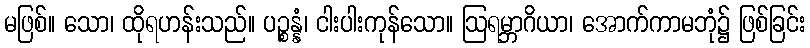
မဖြစ်။ သော၊ ထိုရဟန်းသည်။ ပဉ္စန္နံ၊ ငါးပါးကုန်သော။ ဩရမ္ဘာဂိယာ၊ အောက်ကာမဘုံ၌ ဖြစ်ခြင်း